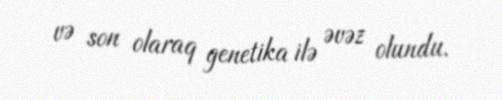
və son olaraq genetika ilə əvəz olundu.